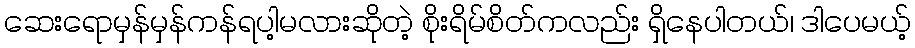
ဆေးရောမှန်မှန်ကန်ရပါ့မလားဆိုတဲ့ စိုးရိမ်စိတ်ကလည်း ရှိနေပါတယ်၊ ဒါပေမယ့်